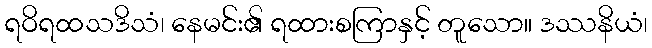
ရဝိရထသဒိသံ၊ နေမင်း၏ ရထားစကြာနှင့် တူသော။ ဒဿနိယံ၊